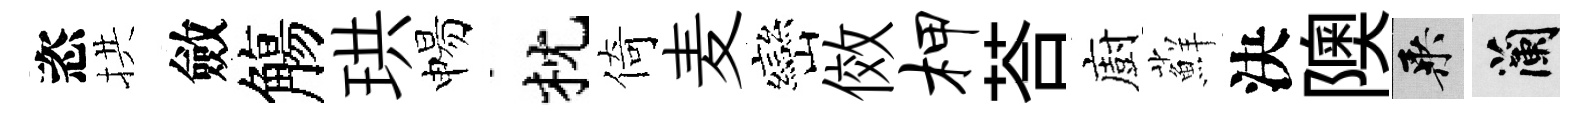
恣拱斂觴珙惕枕倚麦巒傚柙荅廚蘚決隩乘蘭